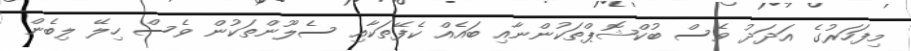
މިފަހަރުގެ އަދަދު ވެސް ބުކްޝޮޕްތަކުންނާއި ބައެއް ކެފޭތަކާއި ސެލޫންތަކުން ވެސް ހިލޭ ލިބެން